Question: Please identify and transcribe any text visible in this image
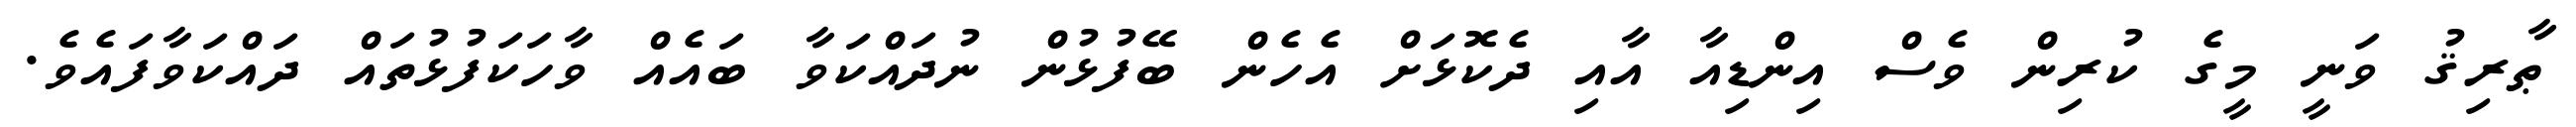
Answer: ޠާރިޤު ވަނީ މީގެ ކުރިން ވެސް އިންޑިއާ އާއި ދެކޮޅަށް އެހެން ބޭފުޅުން ނުދައްކަވާ ބައެއް ވާހަކަފުޅުތައް ދައްކަވާފައެވެ.